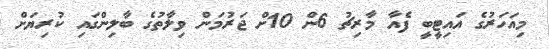
މިއަހަރުގެ އައިޓީބީ ފެއާ މާރިޗު 6ން 10ށް ޖަރުމަން ވިލާތުގެ ބާލިންގައި ކުރިޔަށް